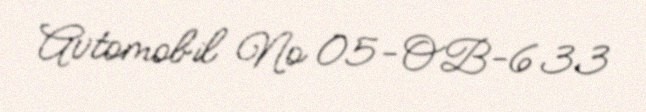
Avtomobil № 05-OB-633